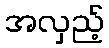
အလှည့်